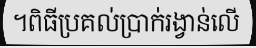
។ពិធីប្រគល់ប្រាក់រង្វាន់លើ